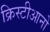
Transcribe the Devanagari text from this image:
क्रिस्टीआनो